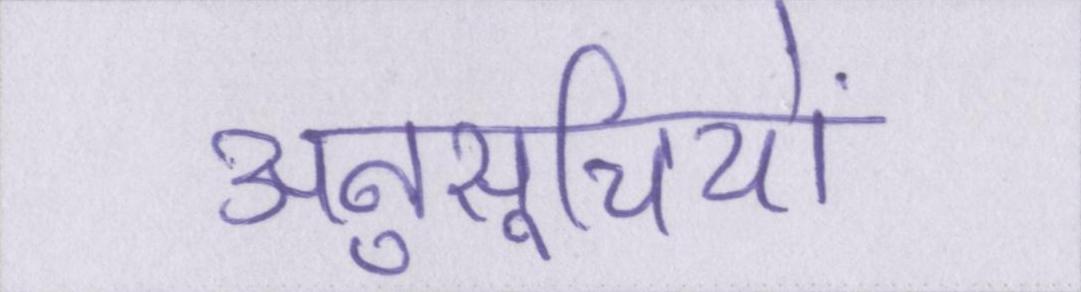
अनुसूचियों